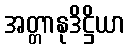
အတ္တာနုဒိဋ္ဌိယာ